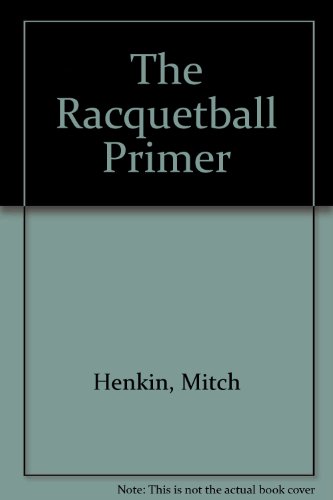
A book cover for The Racquetball Primer; Mitch Henkin; Sports & Outdoors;